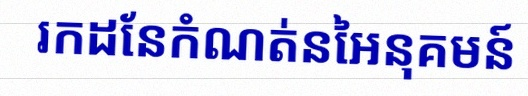
រកដែនកំណត់នៃអនុគមន៍